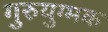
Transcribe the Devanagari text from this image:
गुरुयुग्मक